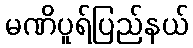
မဏိပူရ်ပြည်နယ်